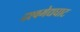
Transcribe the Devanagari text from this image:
दश्‍वमेद्यघाट